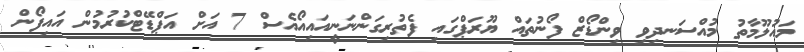
މައުލޫމާތު މުއްސަނދިވި ވިންޑޯޒް ފޯނުތައް ޔޫރަޕްގައި ފެތުރިގަންނަނީއައިއޯއެސް 7 އަށް އަޕްޑޭޓްކުރުމުން އައިފޯން